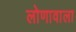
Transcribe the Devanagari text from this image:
लोणावाला